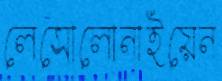
লেসোলোনাইয়েন